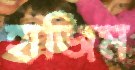
হাজিম